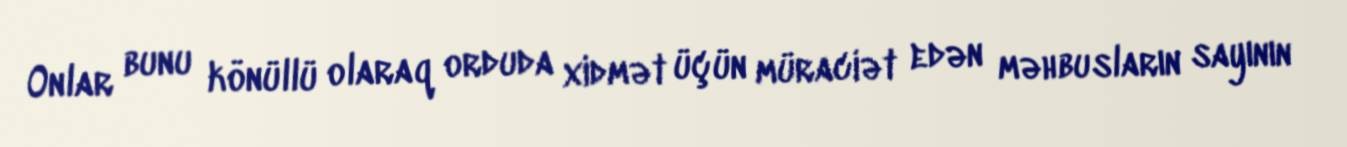
Onlar bunu könüllü olaraq orduda xidmət üçün müraciət edən məhbusların sayının